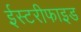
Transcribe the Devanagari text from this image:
ईस्टरीफाइड